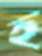
হ